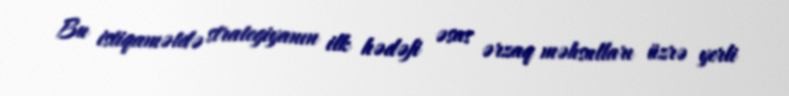
Bu istiqamətdə strategiyanın ilk hədəfi əsas ərzaq məhsulları üzrə yerli